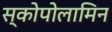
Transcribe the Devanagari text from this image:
स्कोपोलामिन